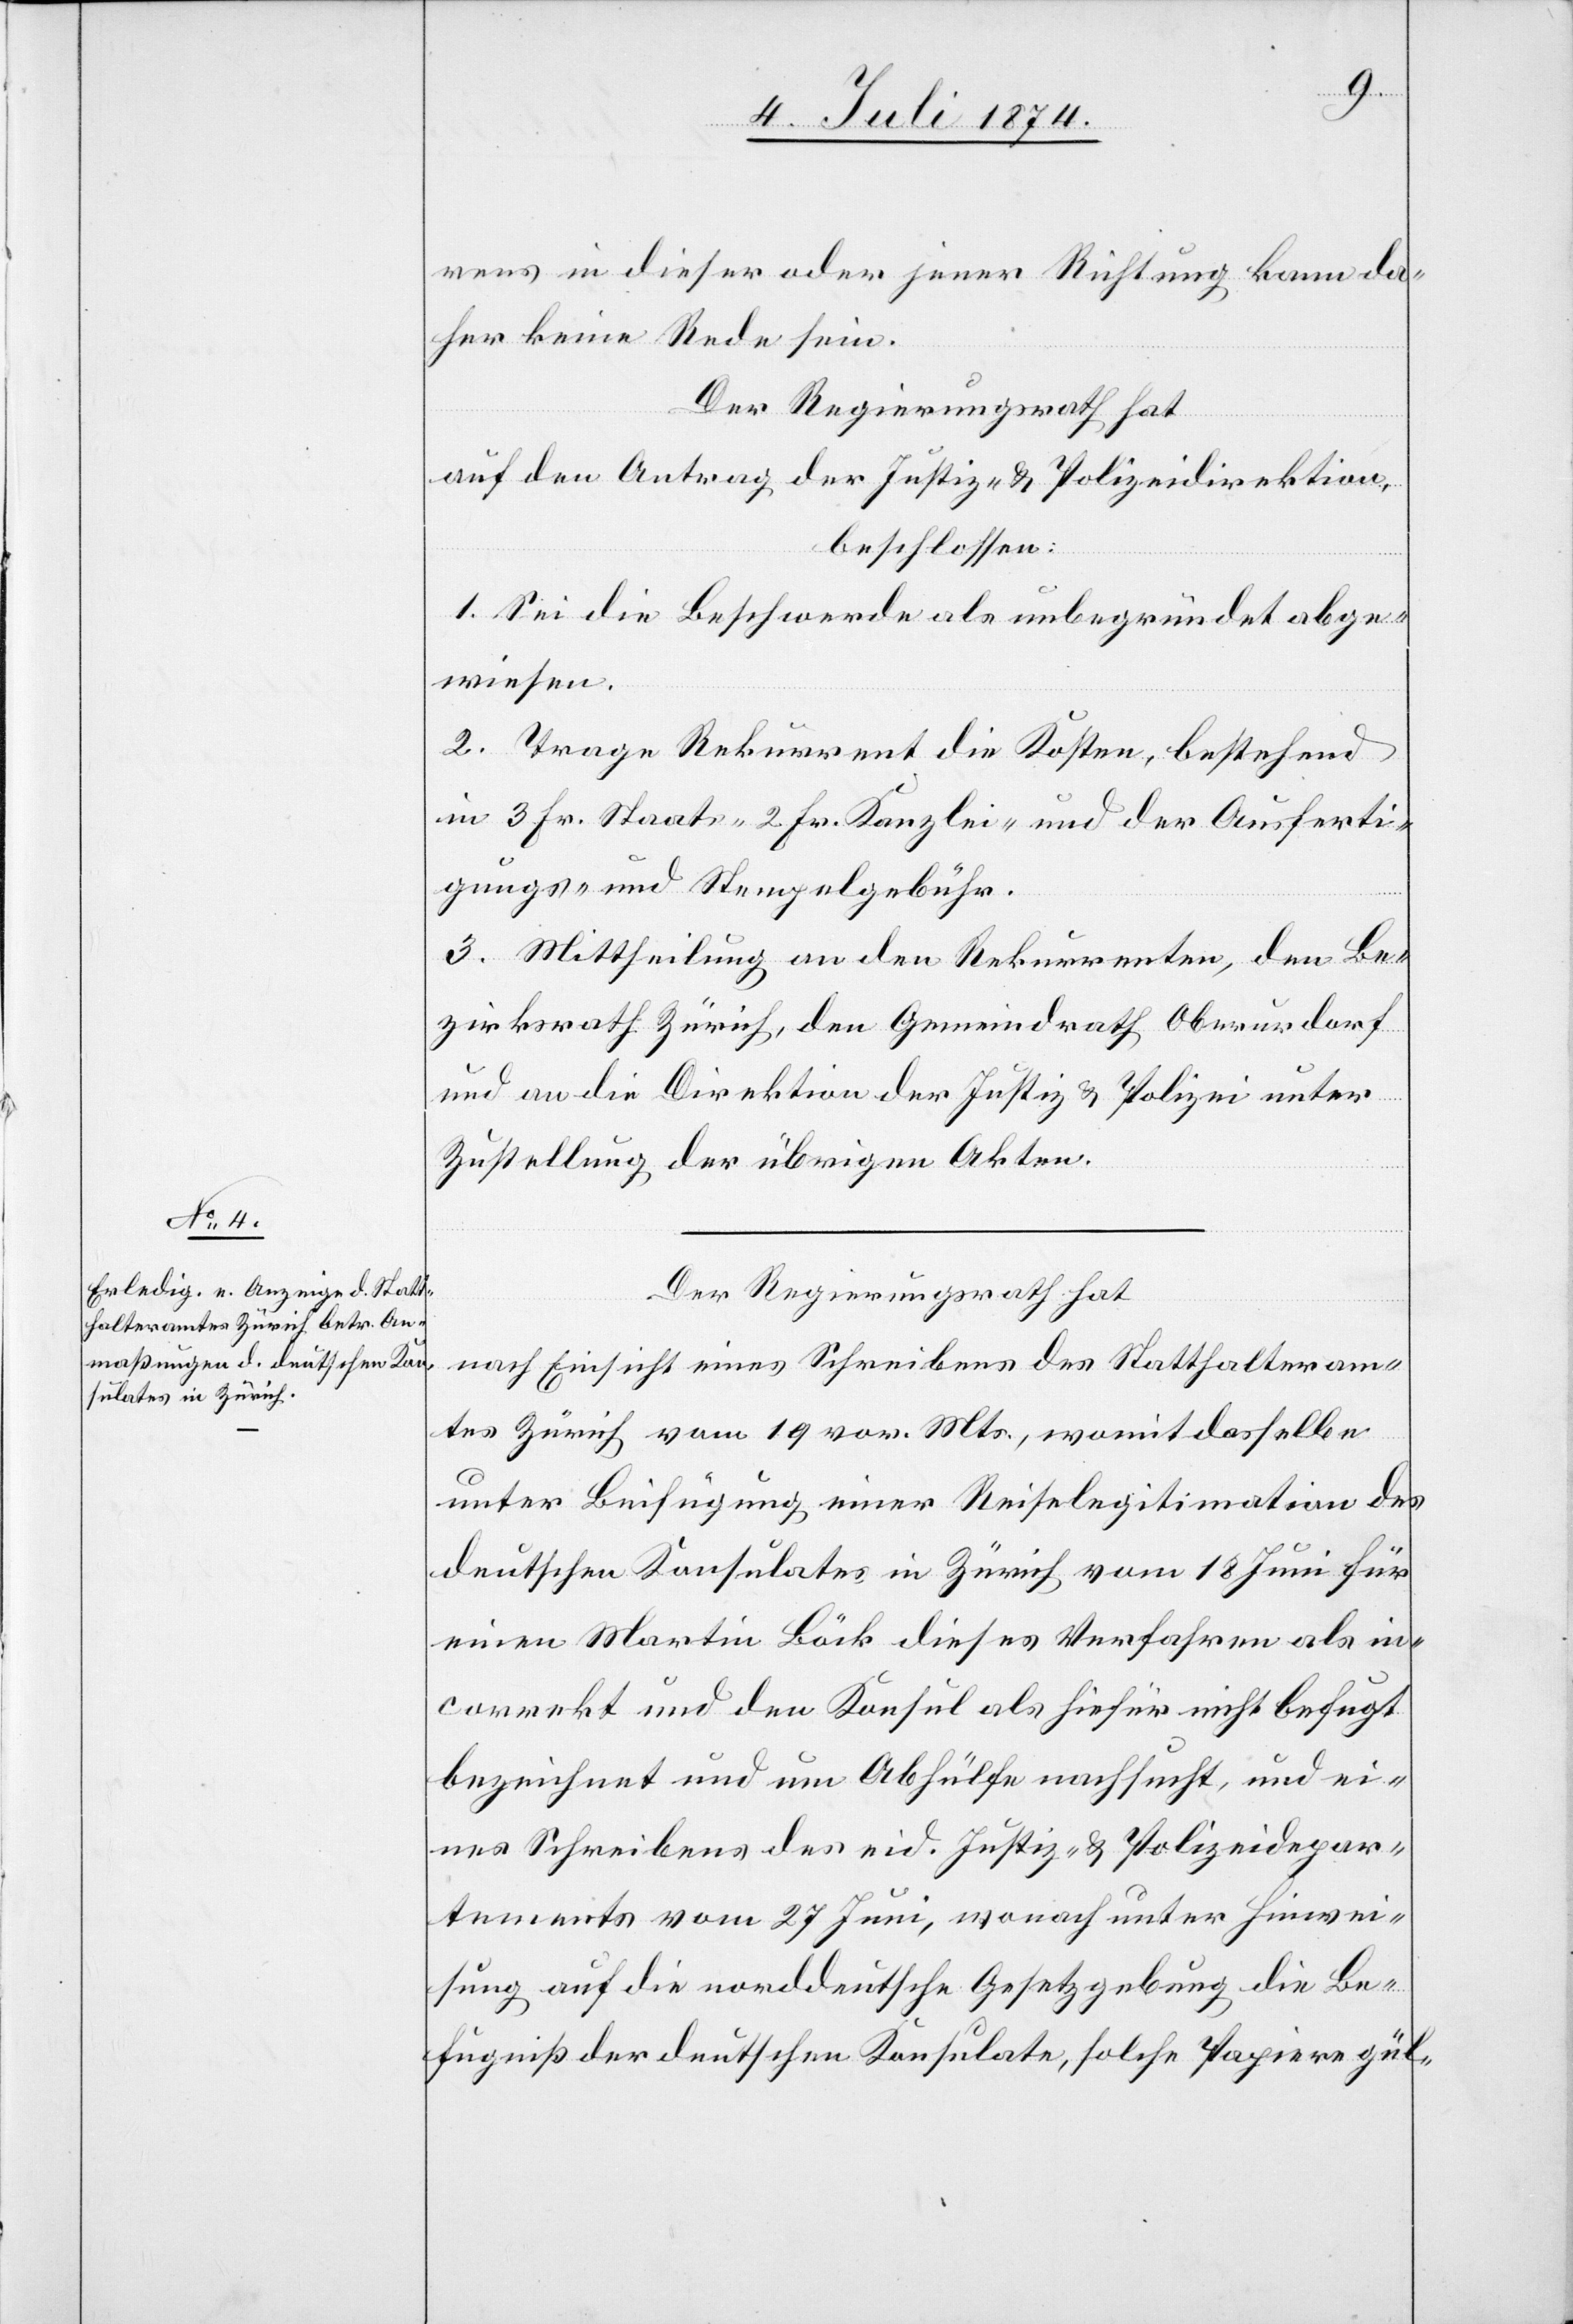
rens in dieser oder jener Richtung kann da¬
her keine Rede sein.
Der Regierungsrath hat
auf den Antrag der Justiz- u. Polizeidirektion,
beschlossen:
1. Sei die Beschwerde als unbegründet abge¬
wiesen.
2. Trage Rekurrent die Kosten, bestehend
in 3 Fr. Staats- [,] 2 Fr. Kanzlei- und der Ausferti¬
gungs- und Stempelgebühr.
3. Mittheilung an den Rekurrenten, den Be¬
zirksrath Zürich, den Gemeindrath Oberurdorf
und an die Direktion der Justiz u. Polizei unter
Zustellung der übrigen Akten.
Der Regierungsrath hat
nach Einsicht eines Schreibens des Statthalteram¬
tes Zürich vom 19. vor. Mts., womit dasselbe
unter Beifügung einer Reiselegitimation des
deutschen Konsulates in Zürich vom 18. Juni für
einen Martin Böck dieses Verfahren als in¬
correkt und den Konsul als hiefür nicht befugt
bezeichnet und um Abhülfe nachsucht, und ei¬
nes Schreibens des eid. Justiz- u. Polizeidepar¬
tements vom 27. Juni, wonach unter Hinwei¬
sung auf die norddeutsche Gesetzgebung die Be¬
fugniß der deutschen Konsulate, solche Papiere gül-